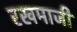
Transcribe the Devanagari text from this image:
रखमाजी